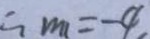
\therefore m _ { 1 } = - 4